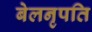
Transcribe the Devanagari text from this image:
बेलनृपति